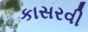
કાસરવી